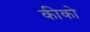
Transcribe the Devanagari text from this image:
कीको